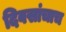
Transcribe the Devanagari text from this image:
दिवसांचाच